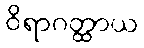
ဝိရာဂတ္ထာယ